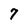
Character: 7